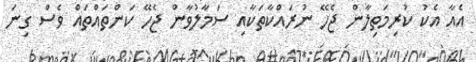
އެއާ އެކު ކުރިމަތިލާން ޖެހޭ ނުރައްކާތަކާއި ސަމާލުވާން ޖެހޭ ކަންތައްތައް ވެސް ގިނަ